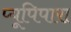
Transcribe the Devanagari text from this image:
प्यूपिपारा